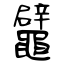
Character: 鼊